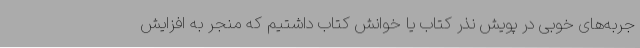
جربه‌های خوبی در پویش نذر کتاب یا خوانش کتاب داشتیم که منجر به افزایش